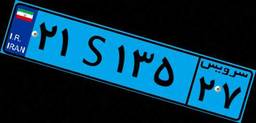
۶۳S۳۹۶۶۵